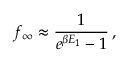
f _ { \infty } \approx \frac { 1 } { e ^ { \beta E _ { 1 } } - 1 } \, ,